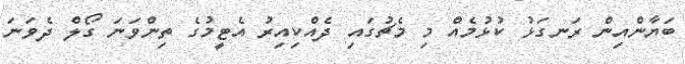
ބަޔާންއިން ރަނގަޅު ކުޅުމެއް މި މެޗުގައި ދެއްކިއިރު އެޓީމުގެ ތިންވަނަ ގޯލް ދެވަނަ